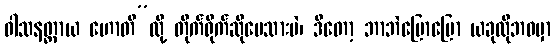
ဝါသနတ္ထာယ ဟောတိ”လို့ တိုက်ရိုက်ဆိုပေသားပဲ၊ ဒီတော့ ဘာဘဲပြောပြော ယခုလိုဘဝမှာ